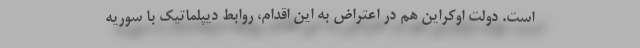
است. دولت اوکراین هم در اعتراض به این اقدام، روابط دیپلماتیک با سوریه